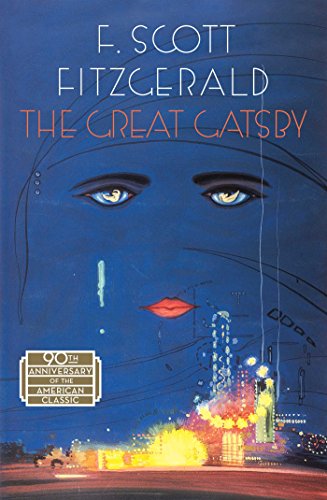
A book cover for The Great Gatsby; F. Scott Fitzgerald; Literature & Fiction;